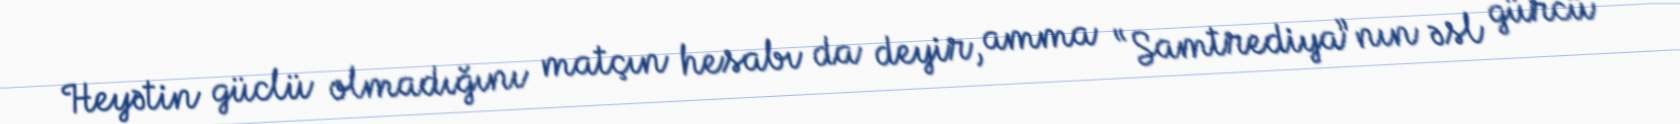
Heyətin güclü olmadığını matçın hesabı da deyir, amma “Samtrediya”nın əsl gürcü